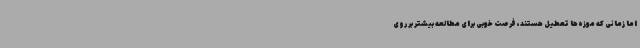
اما زمانی که موزه‌ها تعطیل هستند، فرصت خوبی برای مطالعه بیشتر بر روی